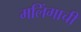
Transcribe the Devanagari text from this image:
मलिंगाची